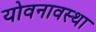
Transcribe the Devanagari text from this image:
योवनावस्था